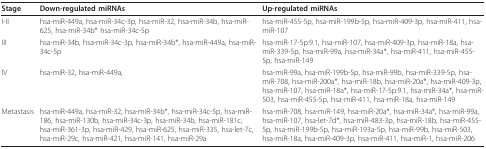
<table><thead><tr><td><b>Stage</b></td><td><b>Down-regulated miRNAs</b></td><td><b>Up-regulated miRNAs</b></td></tr></thead><tbody><tr><td>I-II</td><td>hsa-miR-449a, hsa-miR-34c-3p, hsa-miR-32, hsa-miR-34b, hsa-miR-625, hsa-miR-34b* hsa-miR-34c-5p</td><td>hsa-miR-455-5p, hsa-miR-199b-5p, hsa-miR-409-3p, hsa-miR-411, hsa-miR-107</td></tr><tr><td>III</td><td>hsa-miR-34b, hsa-miR-34c-3p, hsa-miR-34b*, hsa-miR-449a, hsa-miR-34c-5p</td><td>hsa-miR-17-5p:9.1, hsa-miR-107, hsa-miR-409-3p, hsa-miR-18a, hsa-miR-339-5p, hsa-miR-99a, hsa-miR-34a*, hsa-miR-411, hsa-miR-455-5p, hsa-miR-149</td></tr><tr><td>IV</td><td>hsa-miR-32, hsa-miR-449a,</td><td>hsa-miR-99a, hsa-miR-199b-5p, hsa-miR-99b, hsa-miR-339-5p, hsa-miR-708, hsa-miR-200a*, hsa-miR-18b, hsa-miR-20a*, hsa-miR-409-3p, hsa-miR-107, hsa-miR-18a*, hsa-miR-17-5p:9.1, hsa-miR-34a*, hsa-miR-503, hsa-miR-455-5p, hsa-miR-411, hsa-miR-18a, hsa-miR-149</td></tr><tr><td>Metastasis</td><td>hsa-miR-449a, hsa-miR-32, hsa-miR-34b*, hsa-miR-34c-5p, hsa-miR-186, hsa-miR-130b, hsa-miR-34c-3p, hsa-miR-34b, hsa-miR-181c, hsa-miR-361-3p, hsa-miR-429, hsa-miR-625, hsa-miR-335, hsa-let-7c, hsa-miR-29c, hsa-miR-421, hsa-miR-141, hsa-miR-29a</td><td>hsa-miR-708, hsa-miR-149, hsa-miR-20a*, hsa-miR-34a*, hsa-miR-99a, hsa-miR-107, hsa-let-7d*, hsa-miR-483-3p, hsa-miR-18b, hsa-miR-455-5p, hsa-miR-199b-5p, hsa-miR-193a-5p, hsa-miR-99b, hsa-miR-503, hsa-miR-18a, hsa-miR-409-3p, hsa-miR-411, hsa-miR-1, hsa-miR-206</td></tr></tbody></table>